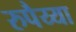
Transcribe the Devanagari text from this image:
रुपैय्या